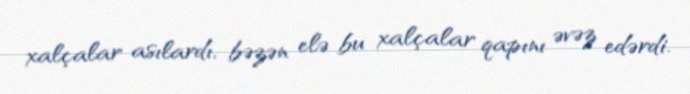
xalçalar asılardı, bəzən elə bu xalçalar qapını əvəz edərdi.